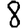
Digit: 8